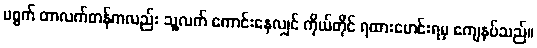
မစ္စက် တာလက်တန်ကလည်း သူ့လက် ကောင်းနေလျှင် ကိုယ်တိုင် ရထားမောင်းရမှ ကျေနပ်သည်။